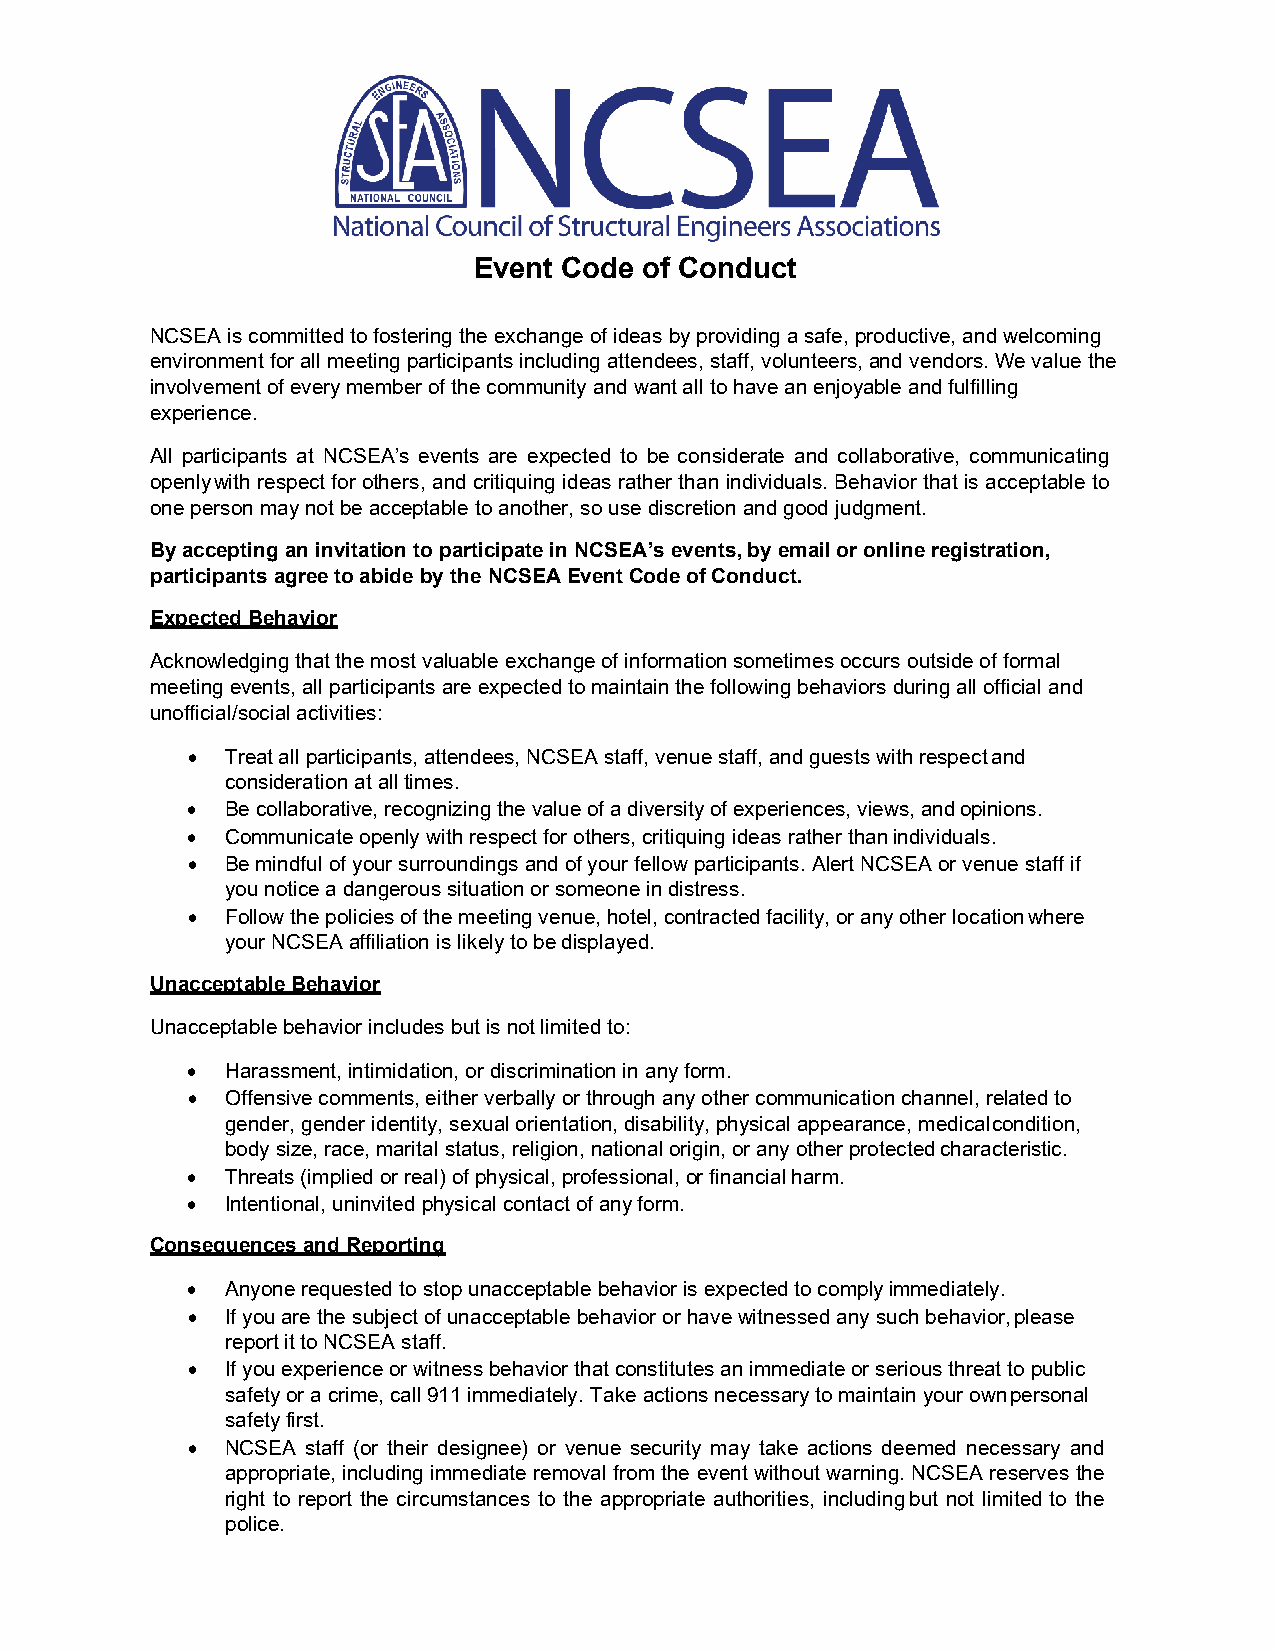
Event Code  of Conduct
 NCSEA is committed to fostering the exchange of ideas by providing a safe, productive, and welcoming
 environment for all meeting participants including attendees, staff, volunteers, and vendors. We value the
 involvement of every member of the community and want all to have an enjoyable and fulfilling
 experience.
 All participants at NCSEA’s events are expected to be considerate and collaborative, communicating
 openly with respect for others, and critiquing ideas rather than individuals. Behavior that is acceptable to
 one person may not be acceptable to another, so use discretion and good judgment.
 By accepting an invitation to participate in NCSEA’s events, by email or online registration,
 participants agree to abide by the NCSEA Event Code of Conduct.
 Expected Behavior
 Acknowledging that the most valuable exchange of information sometimes occurs outside of formal
 meeting events, all participants are expected to maintain the following behaviors during all official and
 unofficial/social activities:
 •  Treat all participants, attendees, NCSEA staff, venue staff, and guests with respect and
 consideration at all times.
 •  Be collaborative, recognizing the value of a diversity of experiences, views, and opinions.
 •  Communicate openly with respect for others, critiquing ideas rather than individuals.
 •  Be mindful of your surroundings and of your fellow participants. Alert NCSEA or venue staff if
 you notice a dangerous situation or someone in distress.
 •  Follow the policies of the meeting venue, hotel, contracted facility, or any other location where
 your NCSEA affiliation is likely to be displayed.
 Unacceptable Behavior
 Unacceptable behavior includes but is not limited to:
 •  Harassment, intimidation, or discrimination in any form.
 •  Offensive comments, either verbally or through any other communication channel, related to
 gender, gender identity, sexual orientation, disability, physical appearance, medical condition,
 body size, race, marital status, religion, national origin, or any other protected characteristic.
 •  Threats (implied or real) of physical, professional, or financial harm.
 •  Intentional, uninvited physical contact of any form.
 Consequences and Reporting
 •  Anyone requested to stop unacceptable behavior is expected to comply immediately.
 •  If you are the subject of unacceptable behavior or have witnessed any such behavior, please
 report it to NCSEA staff.
 •  If you experience or witness behavior that constitutes an immediate or serious threat to public
 safety or a crime, call 911 immediately. Take actions necessary to maintain your own personal
 safety first.
 •  NCSEA staff (or their designee) or venue security may take actions deemed necessary and
 appropriate, including immediate removal from the event without warning. NCSEA reserves the
 right to report the circumstances to the appropriate authorities, including but not limited to the
 police.